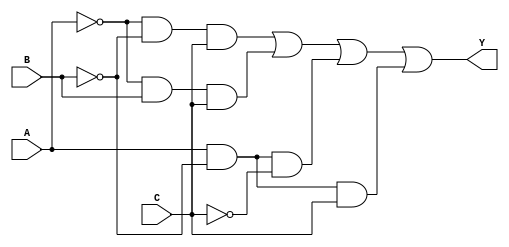
module three_variable_kmap (
    input wire A,  // First input variable
    input wire B,  // Second input variable
    input wire C,  // Third input variable
    output wire Y  // Output variable
);

    // Implementing the logic expression derived from the K-map
    assign Y = (~A & ~B & C) | (~A & B & C) | (A & ~B & ~C) | (A & ~B & C);

endmodule